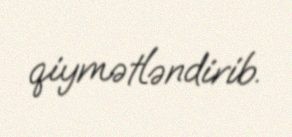
qiymətləndirib.